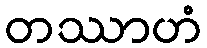
တဿာဟံ